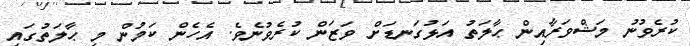
ކުރެވުނު މަޝްވަރާއިން ޙާލަތު އަޅުގަނޑަށް ވަޒަން ކުރެވުނެވެ. އެހެން ކަމުން މި ޙާލަތުގައި